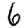
Digit: 6